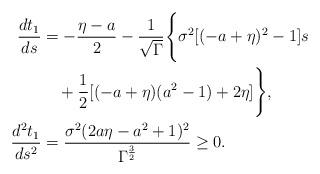
LaTeX: \begin{align*}\frac{d t_1}{ds} &= -\frac{\eta - a}{2} - \frac{1}{\sqrt{\Gamma}}\Bigg\{ \sigma^2 [(-a+\eta)^2 - 1]s \\ & \quad+ \frac{1}{2} [(-a+\eta)(a^2 - 1) + 2\eta]\Bigg\}, \\\frac{d^2 t_1}{ds^2} &= \frac{\sigma^2(2a\eta - a^2 + 1)^2}{\Gamma^{\frac{3}{2}}}\geq 0.\end{align*}